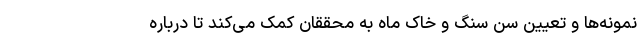
نمونه‌ها و تعیین سن سنگ و خاک ماه به محققان کمک می‌کند تا درباره